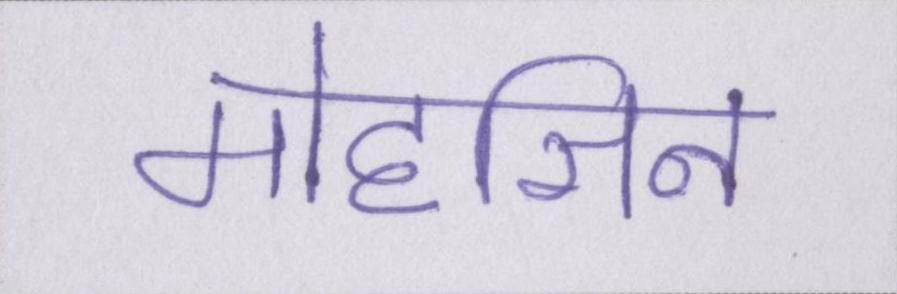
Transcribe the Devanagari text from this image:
मोहसिन